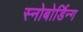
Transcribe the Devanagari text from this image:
स्नोबोर्डिन्ग